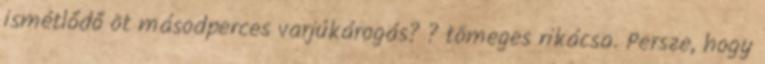
ismétlődő öt másodperces varjúkárogás? ? tömeges rikácsa. Persze, hogy